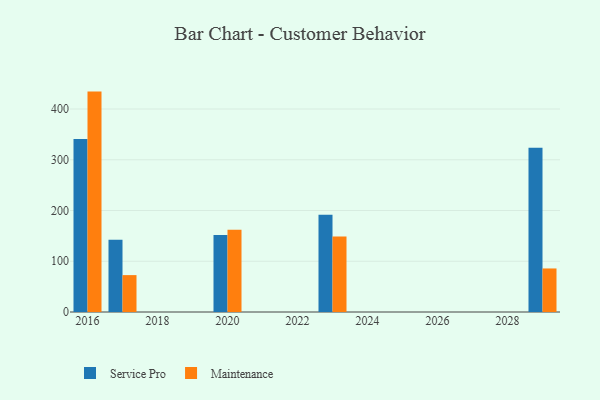
{"axis": {"x": "Year", "y": "Gross Profit (USD K)"}, "legend": ["Maintenance", "Service Pro"], "data": [{"x": "2020", "y": 151.9, "type": "Service Pro"}, {"x": "2020", "y": 162.1, "type": "Maintenance"}, {"x": "2029", "y": 323.6, "type": "Service Pro"}, {"x": "2029", "y": 85.8, "type": "Maintenance"}, {"x": "2023", "y": 191.4, "type": "Service Pro"}, {"x": "2023", "y": 148.8, "type": "Maintenance"}, {"x": "2017", "y": 142.3, "type": "Service Pro"}, {"x": "2017", "y": 72.7, "type": "Maintenance"}, {"x": "2016", "y": 340.9, "type": "Service Pro"}, {"x": "2016", "y": 434.3, "type": "Maintenance"}]}